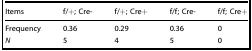
| Items | f/+; Cre- | f/+; Cre+ | f/f; Cre- | f/f; Cre+ |
 | --- | --- | --- | --- | --- |
 | Frequency | 0.36 | 0.29 | 0.36 | 0 |
 | N | 5 | 4 | 5 | 0 |